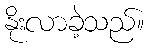
နိုးလာခဲ့သည်။